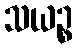
သယဉ္စ